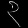
Digit: ၃